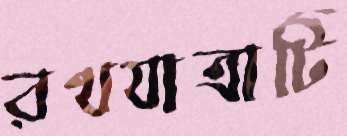
রথযাত্রাটি